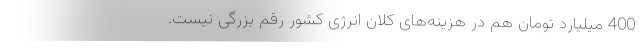
400 میلیارد تومان هم در هزینه‌های کلان انرژی کشور رقم بزرگی نیست.